Indian journal of veterinary science and animal husbandry - Volumes 18-21, 1948-1951
Year: 1948
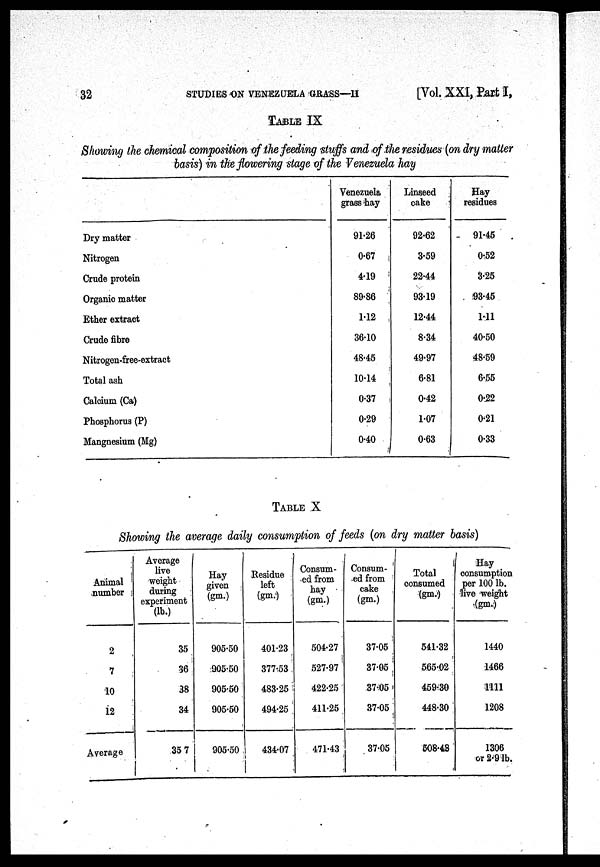
32
STUDIES
ON
VENEZUELA
GRASS—II
[Vol. XXI, Part I,
TABLE IX
Showing the chemical composition of the feeding stuffs and of the residues (on dry matter
basis) in the flowering stage of the Venezuela hay
Dry matter
Nitrogen
Crude protein
Organic matter
Ether extract
Crude fibre
Nitrogen-free-extract
Total ash
Calcium (Ca)
Phosphorus (P)
Mangnesium (Mg)
Venezuela
grass hay
91.26
0.67
4.19
89.86
1.12
36.10
48.45
10.14
0.37
0.29
0.40
Linseed
cake
92.62
3.59
22.44
93.19
12.44
8.34
49.97
6.81
0.42
1.07
0.63
Hay
residues
91.45
0.52
3.25
93.45
1.11
40.50
48.59
6.55
0.22
0.21
0.33
TABLE X
Showing the average daily consumption of feeds (on dry matter basis)
Animal
number
2
7
10
12
Average
Average
live
weight
during
experiment
(lb.)
35
36
38
34
35.7
Hay
given
(gm.)
905.50
905.50
905.50
905.50
905.50
Residue
left
(gm.)
401.23
377.53
483.25
494.25
434.07
Consum-
ed from
hay
(gm.)
504.27
527.97
422.25
411.25
471.43
Consum-
ed from
cake
(gm.)
37.05
37.05
37.05
37.05
37.05
Total
consumed
(gm.)
541.32
565.02
459.30
448.30
508.48
Hay
consumption
per 100 lb.
live weight
(gm.)
1440
1466
1111
1208
1306
or 2.9 lb.